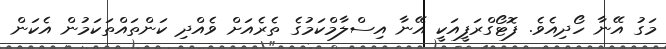
މަގު އޭނާ ހޯދިއެވެ. ފޮޓޯގްރަފީއަކީ އޭނާ އިސްލާމްކަމުގެ ތެރެއަށް ވެއްދި ކަންތައްތަކަމުން އެކަން